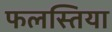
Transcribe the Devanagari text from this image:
फलस्तिया